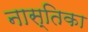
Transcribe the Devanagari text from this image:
नास्तिका